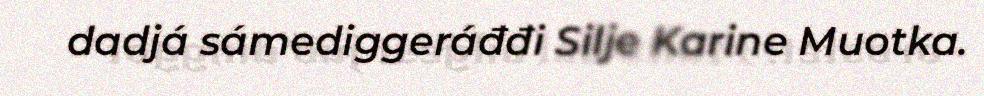
dadjá sámediggeráđđi Silje Karine Muotka.